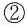
②